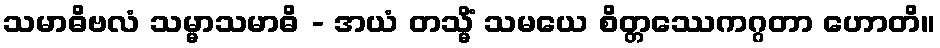
သမာဓိဗလံ သမ္မာသမာဓိ - အယံ တသ္မိံ သမယေ စိတ္တဿေကဂ္ဂတာ ဟောတိ။